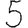
Digit: 5